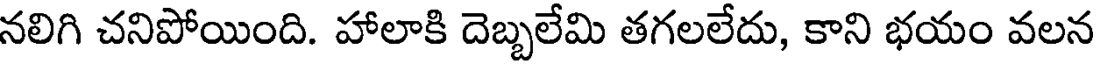
నలిగి చనిపోయింది. హాలాకి దెబ్బలేమి తగలలేదు, కాని భయం వలన